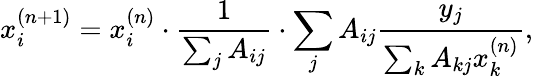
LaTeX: x_{i}^{(n+1)}=x_{i}^{(n)}\cdot\frac{1}{\sum_{j}A_{ij}}\cdot\sum_{j}A_{ij}\frac{y_{j}}{\sum_{k}A_{kj}x_{k}^{(n)}},